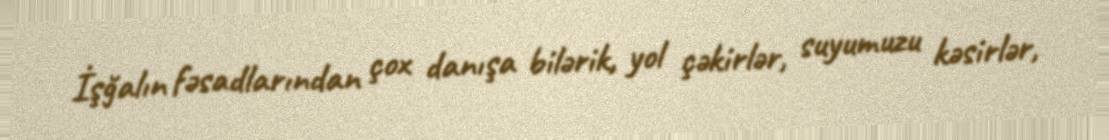
İşğalın fəsadlarından çox danışa bilərik, yol çəkirlər, suyumuzu kəsirlər,